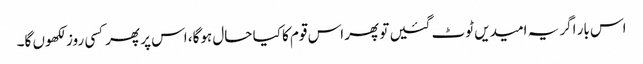
اس بار اگر یہ امیدیں ٹوٹ گئیں تو پھر اس قوم کا کیا حال ہوگا، اس پر پھرکسی روز لکھوں گا۔